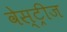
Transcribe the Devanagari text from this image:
वेस्ट्रीज